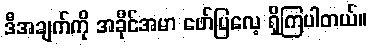
ဒီအချက်ကို အခိုင်အမာ ဖော်ပြလေ့ ရှိကြပါတယ်။